Annual statistical returns and brief notes on vaccination in Bengal - 1887-1898
Year: 1887
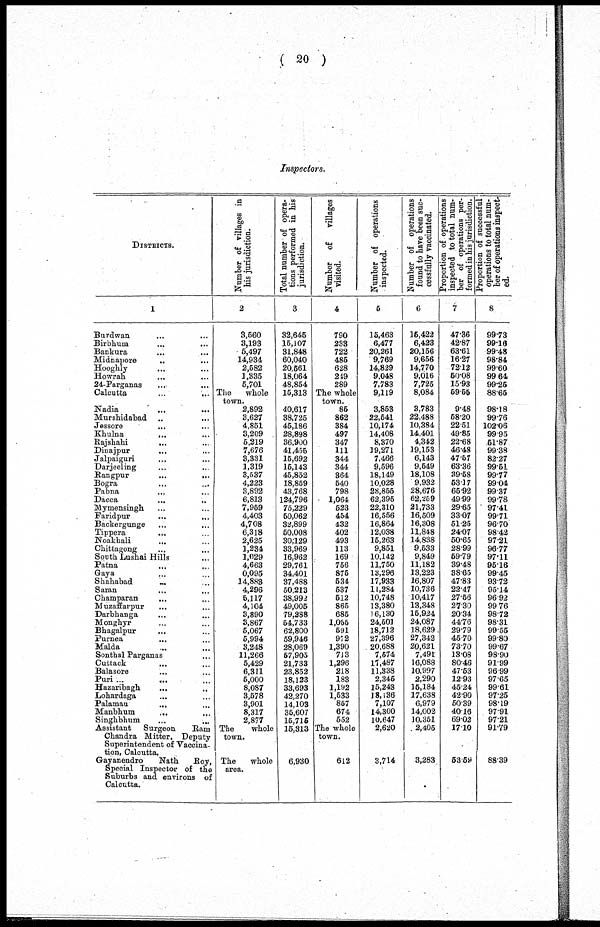
( 20 )
Inspectors.
DISTRICTS.
1
Burdwan ... ...
Birbhum ... ...
Bankura ... ...
Midnapore ... ...
Hooghly ... ...
Howrah ... ...
24-Parganas ... ...
Calcutta ... ...
Nadia ... ...
Murshidabad ... ...
Jessore ... ...
Khulna ... ...
Rajshahi
...
...
Dinajpur ... ...
Jalpaiguri ... ...
Darjeeling ... ...
Rangpur
...
...
Bogra ... ...
Pabna ... ...
Dacca ... ...
Mymensingh ... ...
Faridpur ... ...
Backergunge ... ...
Tippera
...
...
Noakhali ... ...
Chittagong ... ...
South Lushai Hills ...
Patna
...
...
Gaya ... ...
Shahabad ... ...
Saran ... ...
Champaran ... ...
Muzaffarpur ... ...
Darbhanga ... ...
Monghyr ... ...
Bhagalpur
... ...
Purnea ... ...
Malda ... ...
Sonthal Parganas ...
Cuttack ... ...
Balasore ... ...
Puri ... ... ...
Hazaribagh
...
...
Lohardaga ... ...
Palamau ...
Manbhum
...
...
Singhbhum ... ...
Assistant
Surgeon
Ram
Chandra Mitter, Deputy
Superintendent of Vaccina-
tion, Calcutta.
Gayanendro
Nath
Roy,
Special Inspector of the
Suburbs and environs of
Calcutta.
Number of villages in
his jurisdiction.
2
3,560
3,193
5,497
14,934
2,582
1,335
5,701
The
whole
town.
2,892
3,627
4,851
3,209
5,219
7,676
3,331
1,319
3,537
4,223
3,892
6,813
7,959
4,403
4,708
6,318
2,625
1,234
1,029
4,663
0,095
14,883
4,296
5,117
4,104
3,890
3,867
5,067
5,994
3,248
11,266
5,429
6,311
5,000
8,087
3,578
3,901
8,317
2,877
The
whole
town.
The
whole
area.
Total number of opera-
tions performed in his
jurisdiction.
3
32,646
15,107
31,848
60,040
20,561
18,064
48,854
15,313
40,617
38,725
45,186
28,898
36,900
41,455
15,692
15,143
45,852
18,859
43,768
124,796
75,229
50,062
32,899
50,008
30,129
33,969
16,962
29,761
34,401
37,488
50,213
38,992
49,005
79,288
54,733
62,800
59,946
28,069
57,905
21,733
23,852
18,123
33,693
42,270
14,103
35,607
15,715
15,313
6,930
Number of
villages
visited.
4
790
233
722
485
628
249
289
The whole
town.
85
862
384
497
347
111
344
344
364
540
798
1,064
523
454
432
402
493
113
169
756
875
534
537
512
865
685
1,055
591
972
1,390
713
1,296
218
183
1,192
1,533
857
674
552
The whole
town.
612
Number of operations
inspected.
5
15,463
6,477
20,261
9,769
14,829
9,048
7,783
9,119
3,853
22,541
10,174
14,408
8,370
19,271
7,466
9,596
18,149
10,028
28,855
62,395
22,310
16,556
16,864
12,038
15,263
9,851
10,142
11,750
13,296
17,933
11,284
10,748
13,380
16,130
24,501
18,712
27,396
20,688
7,574
11,487
11,338
2,345
15,243
18,136
7,107
14,300
10,647
2,620
3,714
Number of operations
found to have been suc-
cessfully vaccinated.
6
15,422
6,423
20,156
9,656
14,770
9,016
7,725
8,084
3,783
22,488
10,384
14,401
4,342
19,153
6,143
9,549
18,108
9,932
28,676
62,259
21,733
16,509
16,308
11,848
14,838
9,533
9,849
11,182
13,223
16,807
10,736
10,417
13,348
15,924
24,087
18,629
27,342
20,621
7,491
16,088
10,997
2,290
15,184
17,638
6,979
14,002
10,351
2,405
3,283
Proportion of operations
inspected to total num-
ber of operations per-
formed in his jurisdiction.
7
47.36
42.87
63.61
16.27
72.12
50.08
15.93
59.55
9.48
58.20
22.51
49.85
22.68
46.48
47.57
63.36
39.58
53.17
65.92
49.99
29.65
33.07
51.25
24.07
50.65
28.99
59.79
39.48
38.65
47.83
22.47
27.56
27.30
20.34
44.76
29.79
45.70
73.70
13.08
80.46
47.53
12.93
45.24
42.90
50.39
40.16
69.02
17.10
53.59
Proportion of successful
operations to total num-
ber of operations inspect-
ed.
8
99.73
99.16
99.48
98.84
99.60
99.64
99.25
88.65
98.18
99.76
102.06
99.95
51.87
99.38
82.27
99.51
99.77
99.04
99.37
99.78
97.41
99.71
96.70
98.42
97.21
96.77
97.11
95.16
99.45
93.72
95.14
96.92
99.76
98.72
98.31
99.55
99.80
99.67
98.90
91.99
96.99
97.65
99.61
97.25
98.19
97.91
97.21
91.79
88.39